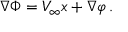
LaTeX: \nabla \Phi = V _ { \infty } x + \nabla \varphi \, .